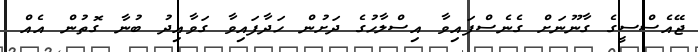
ޖޭއެސްސީގެ ގާނޫނަށް ގެނެސްފައިވާ އިސްލާހުގެ ދަށުން ހަދާފައިވާ ގަވާއިދު ބުނާ ގޮތުން އެއް